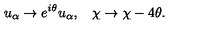
u _ { \alpha } \rightarrow e ^ { i \theta } u _ { \alpha } , \: \: \: \: \chi \rightarrow \chi - 4 \theta .